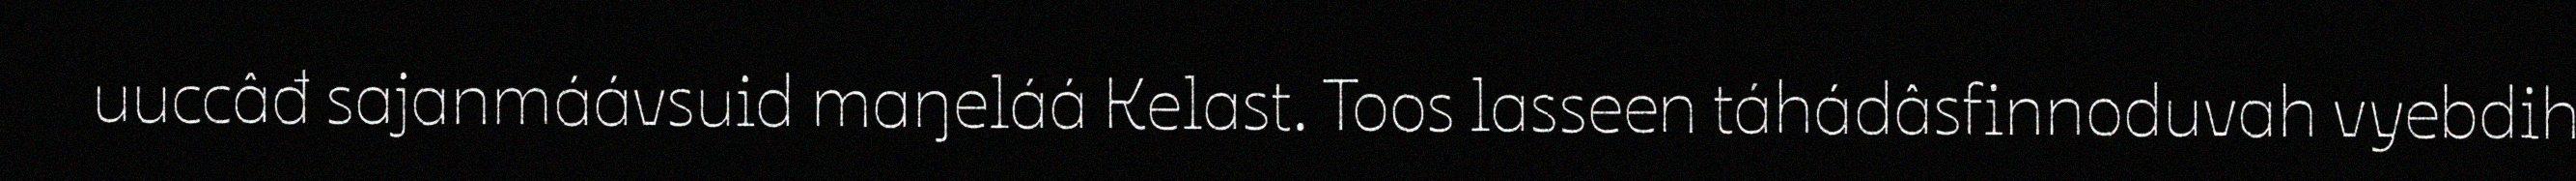
uuccâđ sajanmáávsuid maŋeláá Kelast. Toos lasseen táhádâsfinnoduvah vyebdih